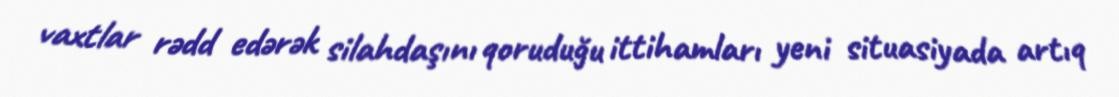
vaxtlar rədd edərək silahdaşını qoruduğu ittihamları yeni situasiyada artıq